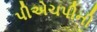
પીએચપીની